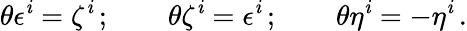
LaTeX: \theta\epsilon^{\mathit{i}}=\zeta^{\mathit{i}}\, ;\qquad\theta\zeta^{\mathit{i}}=\epsilon^{\mathit{i}}\, ;\qquad\theta\eta^{\mathit{i}}=-\eta^{\mathit{i}}\, .